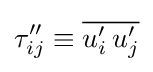
\tau ''_{ij}\equiv {\overline {u'_{i}\,u'_{j}}}